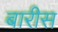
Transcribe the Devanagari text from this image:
बारीस